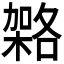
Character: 𭫹